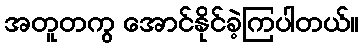
အတူတကွ အောင်နိုင်ခဲ့ကြပါတယ်။